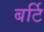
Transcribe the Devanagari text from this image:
बर्टि